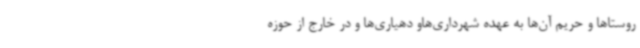
روستاها و حریم آن‌ها به عهده شهرداری‌هاو دهیاری‌ها و در خارج از حوزه